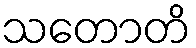
သတောတိ